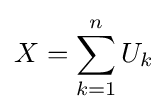
X=\sum _{k=1}^{n}U_{k}